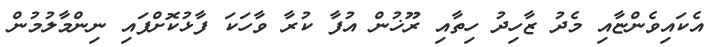
އެކައިވެންޏާއި މެދު ޒާހިދު ހިތާއި ރޫޚުން އުފާ ކުރާ ވާހަކަ ފާޅުކޮށްފައި ނިންމާލުމުން